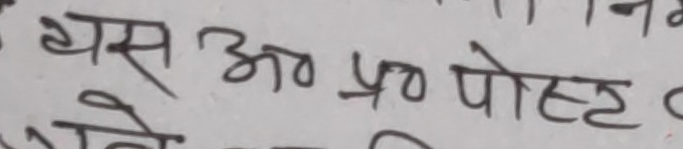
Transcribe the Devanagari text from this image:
थस अप्र पोस्ट